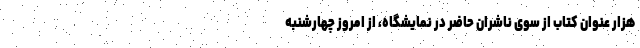
هزار عنوان کتاب از سوی ناشران حاضر در نمایشگاه، از امروز چهارشنبه